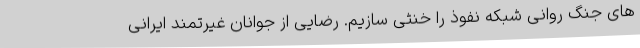
های جنگ روانی شبکه نفوذ را خنثی سازیم. رضایی از جوانان غیرتمند ایرانی